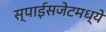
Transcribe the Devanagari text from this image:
स्पाईसजेटमध्ये